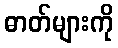
ဓာတ်များကို